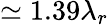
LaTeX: \simeq 1.39\lambda_{r}